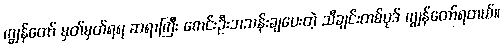
ကျွန်တော် မှတ်မှတ်ရရ ဆရာကြီး စောင်းဦးဘသန်းချပေးတဲ့ သီချင်းတစ်ပုဒ် ကျွန်တော်ရတယ်။